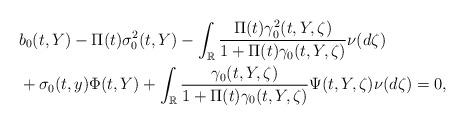
LaTeX: \begin{align*}& b_0(t,Y)-\Pi(t)\sigma_0^2(t,Y)- \int_{\mathbb{R}} \frac{\Pi(t) \gamma_0^2(t,Y,\zeta)}{1+\Pi(t)\gamma_0(t,Y,\zeta)} \nu(d\zeta)\\&+\sigma_0(t,y)\Phi(t,Y)+ \int_{\mathbb{R}}\frac{\gamma_0(t,Y,\zeta)}{1+\Pi(t)\gamma_0(t,Y,\zeta)}\Psi(t,Y,\zeta)\nu(d\zeta)= 0,\end{align*}